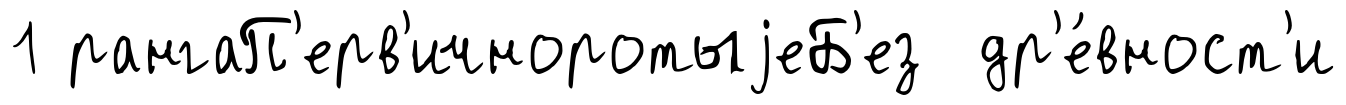
1 рангаП'ерв'ичноротыjеБ'ез др'е́вност'и